system: You are a helpful assistant.
user:
Analyze the provided spectrum to determine if it is a **S-type Star**.

- **Key Indicators for S-type Star:**

    - **(Overall Spectrum Shape):** The first and most obvious characteristic is the overall continuum (the "baseline" shape). It is **extremely "red-sloping,"** meaning the flux (light intensity) is very low on the left side (blue, ~4000-4500 Å) and rises steeply and continuously toward the right side (red, ~7000 Å+).

    - **(Primary):** The spectrum is defined by the presence of strong, broad molecular absorption "valleys" (bands) from **Zirconium Oxide (ZrO)**. The identification of these bands is the **primary requirement** for classifying a star as S-type.
        - **(Key Bandheads):** You must find distinct, deep "dips" where the light has been absorbed. The most critical band systems to locate are:
            - **~6474 Å** ($\gamma$-system): This is often the strongest and clearest ZrO feature, found in the red part of the spectrum.
            - **~5718 Å** & **~5551 Å** ($\beta$-system): A pair of prominent absorption features in the yellow-orange part of the spectrum.
            - **~4640 Å** ($\alpha$-system): A key absorption band system in the blue-green region of the spectrum.

    - **(Secondary Confirmation):** The classification is strengthened by finding additional absorption bands from other related heavy element oxides, which are expected to be present alongside ZrO.
        - **(Key Bandheads):**
            - **Yttrium Oxide (YO):** Look for absorption dips near **~4800 Å** and **~6100 Å**.
            - **Lanthanum Oxide (LaO):** Additional absorption features, particularly in the red-orange part of the spectrum, are also characteristic.

    - **(Line Profile):** The combination of the steep red continuum and these numerous, deep molecular bands (ZrO, YO, etc.) gives the entire spectrum a very **"chopped-up"** or **"bumpy"** appearance. Instead of a smooth curve, the spectrum looks as though large, wide chunks of light have been "carved out" of it at the specific wavelengths listed above.

Think first, call **spectral_visualization_tool** if needed to examine features in detail, then provide your final answer. Your response must adhere to the following strict rules:
1.  **Overall Structure:** Your response must follow the format `<think>...</think> <tool_call>...</tool_call> (if a tool is used) <answer>...</answer>`.
2.  **Tool Usage Constraint:** You may only make **one** tool call per turn.
3.  **Final Answer Format:** In the `<answer>` tag, your conclusion must be inside a `\boxed{}` command (e.g., `\boxed{YES}` or `\boxed{NO}`), followed by your justification.

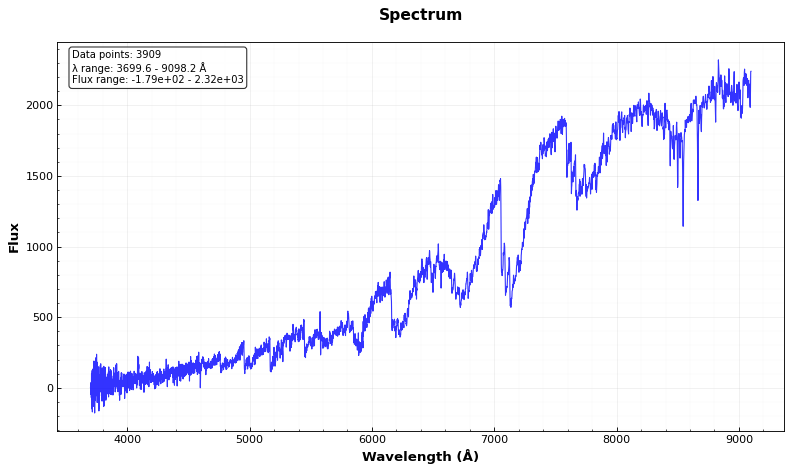
Answer: YES